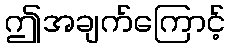
ဤအချက်ကြောင့်